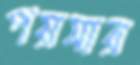
পয়সার